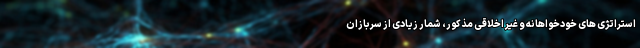
استراتژی های خودخواهانه و غیر اخلاقی مذکور، شمار زیادی از سربازان